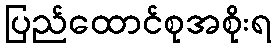
ပြည်ထောင်စုအစိုးရ